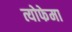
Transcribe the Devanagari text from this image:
त्योफेमा